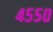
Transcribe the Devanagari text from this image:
४५५०